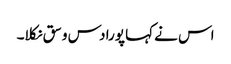
اس نے کہا پورا دس وسق نکلا۔